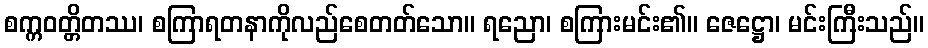
စက္ကဝတ္တိတဿ၊ စကြာရတနာကိုလည်စေတတ်သော။ ရညော၊ စကြားမင်း၏။ ဇေဋ္ဌော၊ မင်းကြီးသည်။